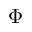
\Phi